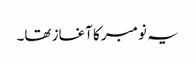
یہ نومبر کا آغاز تھا۔